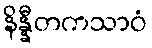
နိန္နီတကသာဝံ